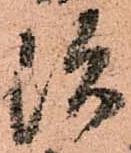
治